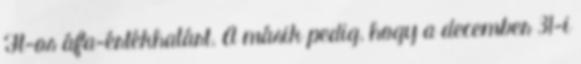
Ft-os áfa-értékhatárt. A másik pedig, hogy a december 31-i